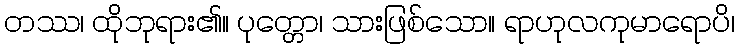
တဿ၊ ထိုဘုရား၏။ ပုတ္တော၊ သားဖြစ်သော။ ရာဟုလကုမာရောပိ၊